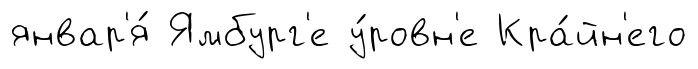
январ'я́ Ямбург'е у́ровн'е Кра́йн'его